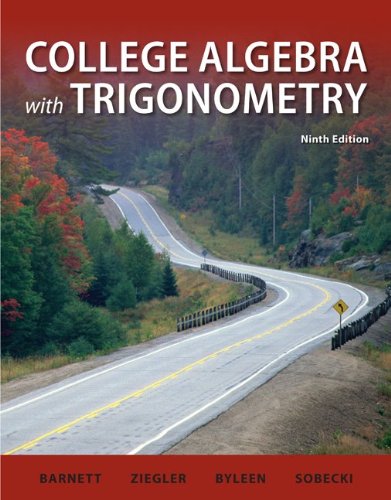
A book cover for Student Solutions Manual College Algebra with Trigonometry; Raymond Barnett; Science & Math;